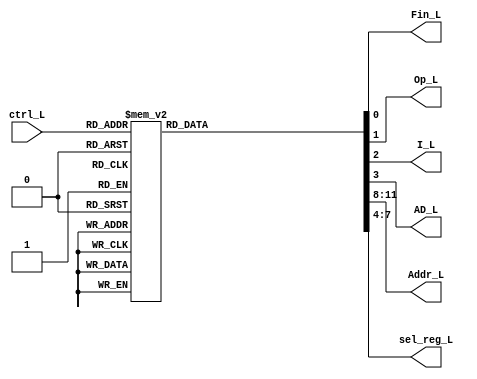
`timescale 1ns / 1ps
//////////////////////////////////////////////////////////////////////////////////
// Company: 
// 
// Design Name: 
// Module Name:    Deco_lectura 
// Project Name: 
// Target Devices: 
// Tool versions: 
// Description: 
//
// Dependencies: 
//
// Revision: 
// Revision 0.01 - File Created
// Additional Comments: 
//
//////////////////////////////////////////////////////////////////////////////////
module Deco_lectura(
   input wire [4:0] ctrl_L,
	output reg Fin_L,Op_L,I_L,AD_L,
	output reg [3:0]Addr_L,sel_reg_L
    );
	 
always @* 
	
	case(ctrl_L)
	
		5'b00000: //a 
			begin		
			Fin_L=1;
			Op_L=0;
			I_L=0;
			AD_L=0;
			sel_reg_L=4'b0000;
			Addr_L=4'b0000;
			end
		
		5'b00001: //b 
			begin		
			Fin_L=0;
			Op_L=1;
			I_L=1;
			AD_L=0;
			sel_reg_L=4'b1111;
			Addr_L=4'b1101;
			end
			
		5'b00010: //c 
			begin		
			Fin_L=0;
			Op_L=0;
			I_L=1;
			AD_L=1;
			sel_reg_L=4'b1111;
			Addr_L=4'b1101;
			end
		
		5'b00011: //d 
			begin		
			Fin_L=0;
			Op_L=1;
			I_L=1;
			AD_L=0;
			sel_reg_L=4'b0000;
			Addr_L=4'b0100;
			end
			
		5'b00100: //e 
			begin		
			Fin_L=0;
			Op_L=0;
			I_L=1;
			AD_L=1;
			sel_reg_L=4'b0000;
			Addr_L=4'b0100;
			end
			
		5'b00101: //f 
			begin		
			Fin_L=0;
			Op_L=1;
			I_L=1;
			AD_L=0;
			sel_reg_L=4'b0001;
			Addr_L=4'b0101;
			end
		
		5'b00110: //g 
			begin		
			Fin_L=0;
			Op_L=0;
			I_L=1;
			AD_L=1;
			sel_reg_L=4'b0001;
			Addr_L=4'b0101;
			end
			
		5'b00111: //h 
			begin		
			Fin_L=0;
			Op_L=1;
			I_L=1;
			AD_L=0;
			sel_reg_L=4'b0010;
			Addr_L=4'b0110;
			end
		
		5'b01000: //i 
			begin		
			Fin_L=0;
			Op_L=0;
			I_L=1;
			AD_L=1;
			sel_reg_L=4'b0010;
			Addr_L=4'b0110;
			end
			
		5'b01001: //j 
			begin		
			Fin_L=0;
			Op_L=1;
			I_L=1;
			AD_L=0;
			sel_reg_L=4'b0011;
			Addr_L=4'b0111;
			end
		
		5'b01010: //k 
			begin		
			Fin_L=0;
			Op_L=0;
			I_L=1;
			AD_L=1;
			sel_reg_L=4'b0011;
			Addr_L=4'b0111;
			end
			
		5'b01011: //l 
			begin		
			Fin_L=0;
			Op_L=1;
			I_L=1;
			AD_L=0;
			sel_reg_L=4'b0100;
			Addr_L=4'b1000;
			end
		
		5'b01100: //m 
			begin		
			Fin_L=0;
			Op_L=0;
			I_L=1;
			AD_L=1;
			sel_reg_L=4'b0100;
			Addr_L=4'b1000;
			end
			
		5'b01101: //n 
			begin		
			Fin_L=0;
			Op_L=1;
			I_L=1;
			AD_L=0;
			sel_reg_L=4'b0101;
			Addr_L=4'b1001;
			end
		
		5'b01110: //o 
			begin		
			Fin_L=0;
			Op_L=0;
			I_L=1;
			AD_L=1;
			sel_reg_L=4'b0101;
			Addr_L=4'b1001;
			end
		
		5'b01111: //p 
			begin		
			Fin_L=0;
			Op_L=1;
			I_L=1;
			AD_L=0;
			sel_reg_L=4'b0110;
			Addr_L=4'b1010;
			end
		
		5'b10000: //q 
			begin		
			Fin_L=0;
			Op_L=0;
			I_L=1;
			AD_L=1;
			sel_reg_L=4'b0110;
			Addr_L=4'b1010;
			end
		
		5'b10001: //r 
			begin		
			Fin_L=0;
			Op_L=1;
			I_L=1;
			AD_L=0;
			sel_reg_L=4'b0111;
			Addr_L=4'b1011;
			end
		
		5'b10010: //s 
			begin		
			Fin_L=0;
			Op_L=0;
			I_L=1;
			AD_L=1;
			sel_reg_L=4'b0111;
			Addr_L=4'b1011;
			end
		
		5'b10011: //t 
			begin		
			Fin_L=0;
			Op_L=1;
			I_L=1;
			AD_L=0;
			sel_reg_L=4'b1000;
			Addr_L=4'b1100;
			end
		
		5'b10100: //u 
			begin		
			Fin_L=0;
			Op_L=0;
			I_L=1;
			AD_L=1;
			sel_reg_L=4'b1000;
			Addr_L=4'b1100;
			end
		
		5'b10101: //v 
			begin		
			Fin_L=1;
			Op_L=0;
			I_L=0;
			AD_L=0;
			sel_reg_L=4'b0000;
			Addr_L=4'b0000;
			end
		
		default:
			begin		
			Fin_L=1;
			Op_L=0;
			I_L=0;
			AD_L=0;
			sel_reg_L=4'b0000;
			Addr_L=4'b0000;
			end
		endcase

endmodule